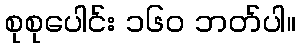
စုစုပေါင်း ၁၆၀ ဘတ်ပါ။